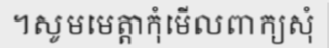
។សូមមេត្តាកុំមើលពាក្យសុំ